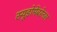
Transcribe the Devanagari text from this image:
स्यूडोमेंबरेनस